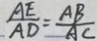
\frac { A E } { A D } = \frac { A B } { A C }